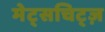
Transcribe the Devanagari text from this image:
मेट्सचिट्ज़